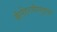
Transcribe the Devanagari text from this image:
कॅलेंडरचीसुद्घा